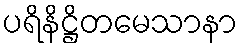
ပရိနိဋ္ဌိတမေသာနာ